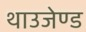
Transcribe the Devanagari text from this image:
थाउजेण्ड